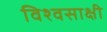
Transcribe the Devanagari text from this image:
विश्वसाक्षी